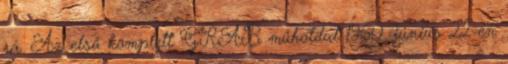
rá. Az első komplett GRAB műholdat 1960. június 22-én